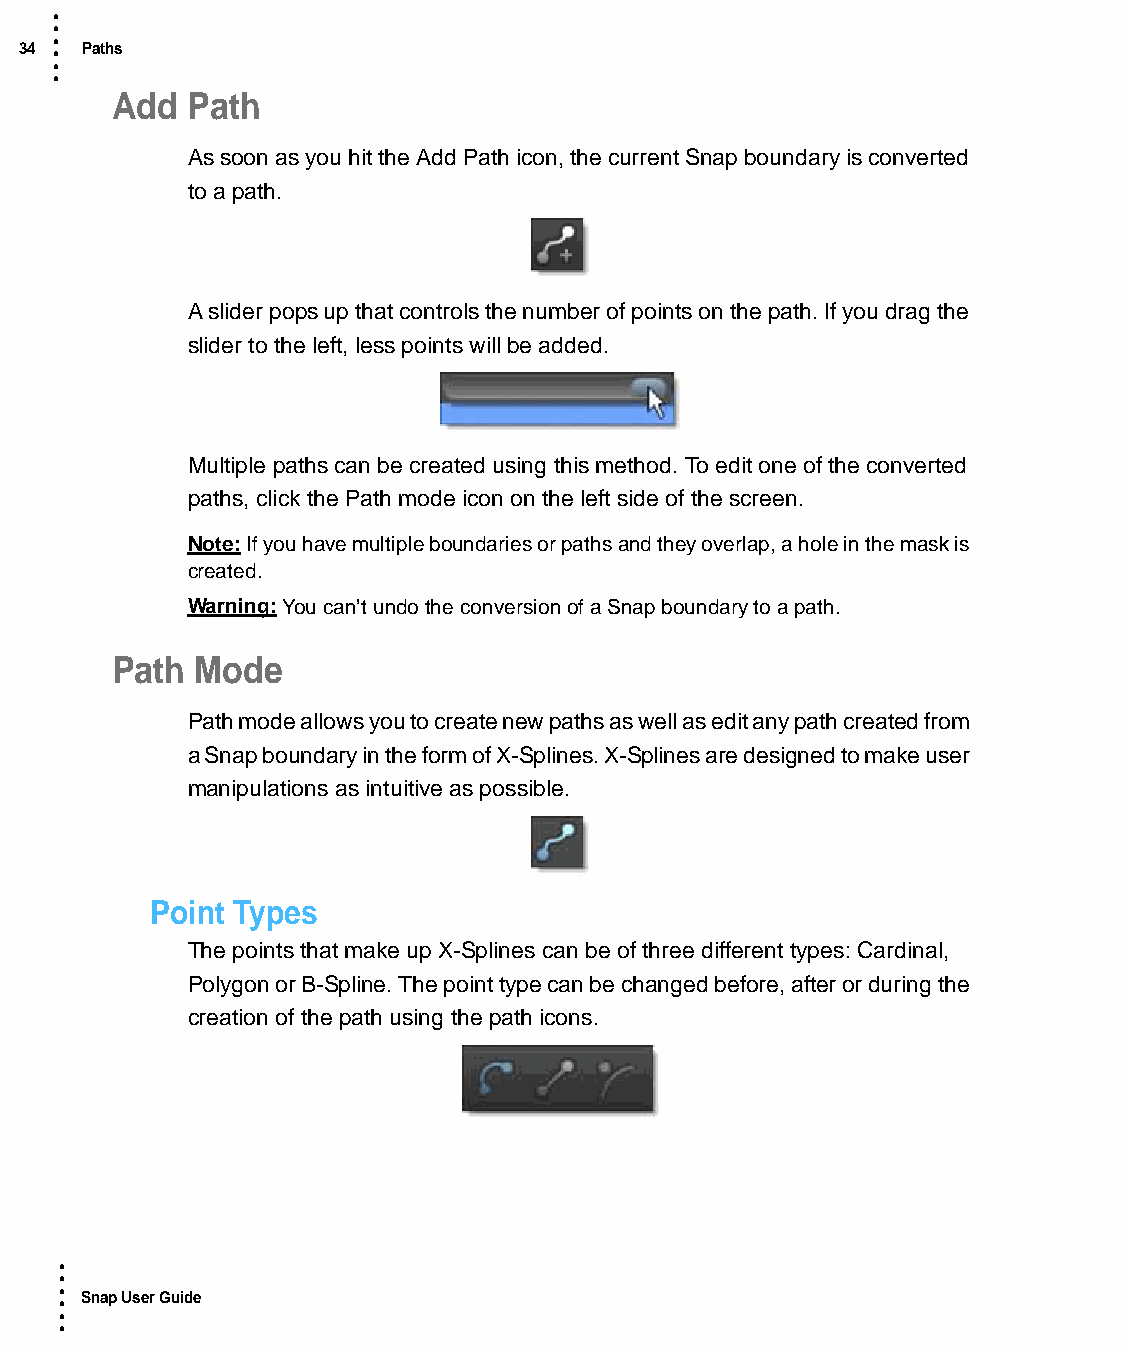
•
 •
 •
 34 • Paths
 •
 •
 Add  Path
 As soon as you hit the Add Path icon, the current Snap boundary is converted
 to a path.
 A slider pops up that controls the number of points on the path. If you drag the
 slider to the left, less points will be added.
 Multiple paths can be created using this method. To edit one of the converted
 paths, click the Path mode icon on the left side of the screen.
 Note: If you have multiple boundaries or paths and they overlap, a hole in the mask is
 created.
 Warning: You can’t undo the conversion of a Snap boundary to a path.
 Path  Mode
 Path mode allows you to create new paths as well as edit any path created from
 a Snap boundary in the form of X-Splines. X-Splines are designed to make user
 manipulations as intuitive as possible.
 Point Types
 The points that make up X-Splines can be of three different types: Cardinal,
 Polygon or B-Spline. The point type can be changed before, after or during the
 creation of the path using the path icons.
 •
 •
 •
 • Snap User Guide
 •
 •